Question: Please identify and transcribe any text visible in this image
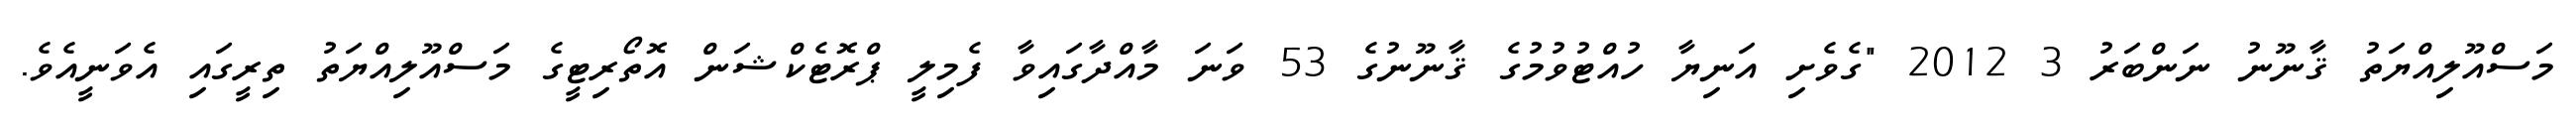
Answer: މަސްއޫލިއްޔަތު ޤާނޫނު ނަންބަރު 3 2012 "ގެވެށި އަނިޔާ ހުއްޓުވުމުގެ ޤާނޫނުގެ 53 ވަނަ މާއްދާގައިވާ ފެމިލީ ޕްރޮޓެކްޝަން އޮތޯރިޓީގެ މަސްއޫލިއްޔަތު ތިރީގައި އެވަނީއެވެ.